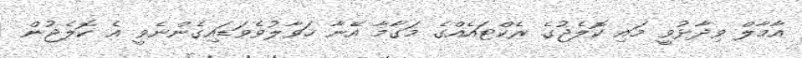
އާމާލް ވިދާޅުވީ މައި ކޮލެޖުގެ ރެކްޓައެއްގެ މަގާމާ އޭނާ ހަވާލުވެވަޑައިގެންނެވީ އެ ކޮލެޖުން